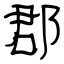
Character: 郡